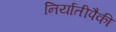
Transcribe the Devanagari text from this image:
निर्यातीपैकी